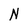
Character: N